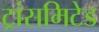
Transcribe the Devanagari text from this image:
ट्रांसमिटेड